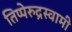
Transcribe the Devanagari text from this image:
तिप्पेरुद्रस्वामी